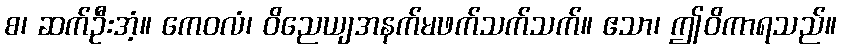
စ၊ ဆက်ဦးအံ့။ ကေဝလံ၊ ဝိညေယျအနက်မဖက်သက်သက်။ ဧသာ၊ ဤဝိကာရသည်။